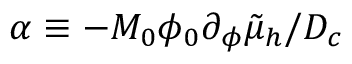
\alpha \equiv - M _ { 0 } \phi _ { 0 } \partial _ { \phi } \tilde { \mu } _ { h } / D _ { c }